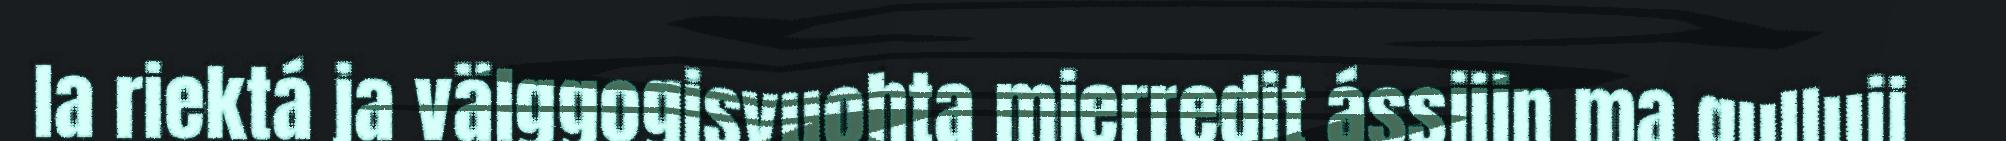
la riektá ja välggogisvuohta mierredit ássjijn ma gulluji